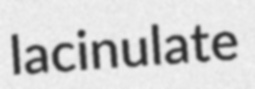
lacinulate